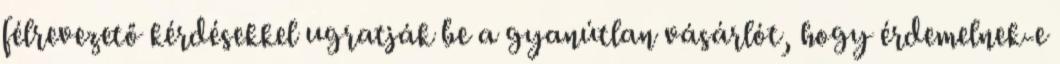
félrevezető kérdésekkel ugratják be a gyanútlan vásárlót, hogy érdemelnek-e